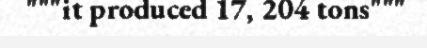
"""it produced 17, 204 tons"""